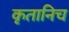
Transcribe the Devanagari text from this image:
कृतानिच